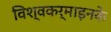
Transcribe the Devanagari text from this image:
विश्वकर्माइनके